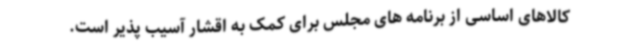
کالاهای اساسی از برنامه های مجلس برای کمک به اقشار آسیب پذیر است.